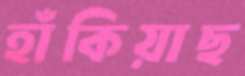
হাঁকিয়াছ